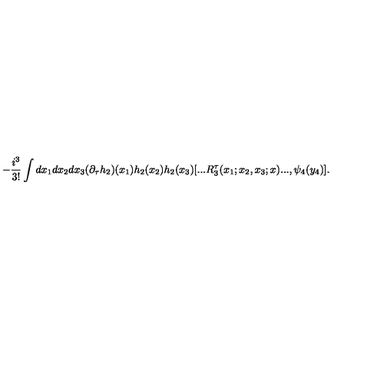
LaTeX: - \frac { i ^ { 3 } } { 3 ! } \int d x _ { 1 } d x _ { 2 } d x _ { 3 } ( \partial _ { \tau } h _ { 2 } ) ( x _ { 1 } ) h _ { 2 } ( x _ { 2 } ) h _ { 2 } ( x _ { 3 } ) [ . . . R _ { 3 } ^ { \tau } ( x _ { 1 } ; x _ { 2 } , x _ { 3 } ; x ) . . . , \psi _ { 4 } ( y _ { 4 } ) ] .